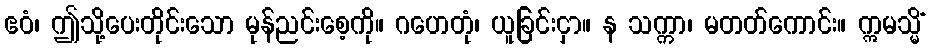
ဧဝံ၊ ဤသို့ပေးတိုင်းသော မုန်ညင်းစေ့ကို။ ဂဟေတုံ၊ ယူခြင်းငှာ။ န သက္ကာ၊ မတတ်ကောင်း။ ဣမသ္မိံ